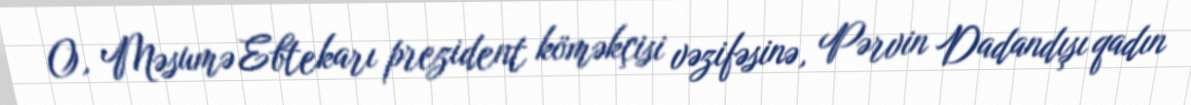
O, Məsumə Ebtekarı prezident köməkçisi vəzifəsinə, Pərvin Dadandışı qadın